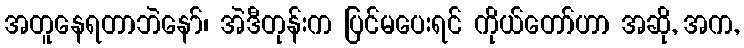
အတူနေရတာဘဲနော်၊ အဲဒီတုန်းက ပြင်မပေးရင် ကိုယ်တော်ဟာ အဆို, အက,